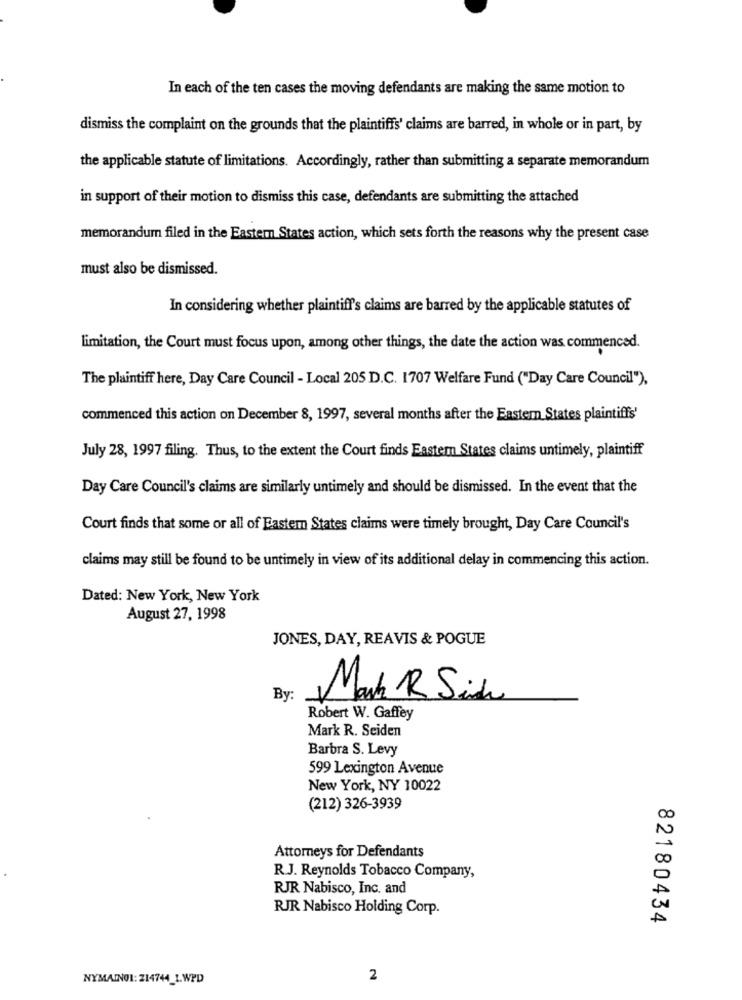
In each of the ten cases the moving defendants are making the same motion to
dismiss the complaint on the grounds that the plaintiffs' claims are barred, in whole or in part, by
the applicable statute of limitations. Accordingly, rather than submitting a separate memorandum
in support of their motion to dismiss this case, defendants are submitting the attached
memorandum filed in the Eastem States action, which sets forth the reasons why the present case
must also be dismissed.
In considering whether plaintiff's claims are barred by the applicable statutes of
limitation, the Court must focus upon, among other things, the date the action was commenced.
The plaintiff here, Day Care Council - Local 205 D.C. 1707 Welfare Fund ("Day Care Council"),
commenced this action on December 8, 1997, several months after the Eastem States plaintiffs'
July 28, 1997 filing. Thus, to the extent the Court finds Easter States claims untimely, plaintiff
Day Care Council's claims are similarly untimely and should be dismissed. In the event that the
Court finds that some or all of Eastem States claims were timely brought, Day Care Council's
claims may still be found to be untimely in view of its additional delay in commencing this action.
Dated: New York, New York
August 27, 1998
JONES, DAY, REAVIS & POGUE
By
Mark R Side
Robert W. Gaffey
Mark R. Seiden
Barbra S. Levy
599 Lexington Avenue
New York, NY 10022
(212) 326-3939
Attorneys for Defendants
R.J. Reynolds Tobacco Company,
RJR Nabisco, Inc. and
RJR Nabisco Holding Corp.
82180434
NYMAINO1: 214744_1.WPD
2